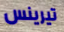
تيرينس